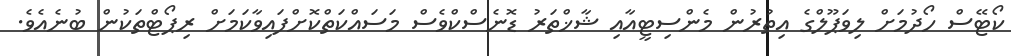
ކޯޓޭސް ހޯދުމަށް ލިވަޕޫލްގެ އިތުރުން މެންސިޓީއާއި ޝާޚްތަރު ޑޮނެސްކްވެސް މަސައްކަތްކޮށްފައިވާކަމަށް ރިޕޯޓްތަކުން ބުނެއެވެ.